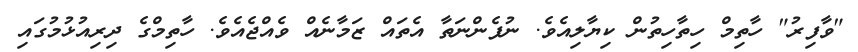
"ވާފިރު" ހާތިމް ހިތާހިތުން ކިޔާލިއެވެ. ނުފެންނަތާ އެތައް ޒަމާނެއް ވެއްޖެއެވެ. ހާތިމްގެ ދިރިއުޅުމުގައި